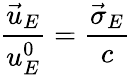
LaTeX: \frac{\vec{u}_{E}}{u_{E}^{0}}=\frac{\vec{\sigma}_{E}}{c}